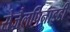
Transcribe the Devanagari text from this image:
सेज़ैलपिनाइडी